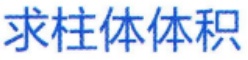
求柱体体积